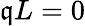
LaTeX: \mathfrak{q}L=0